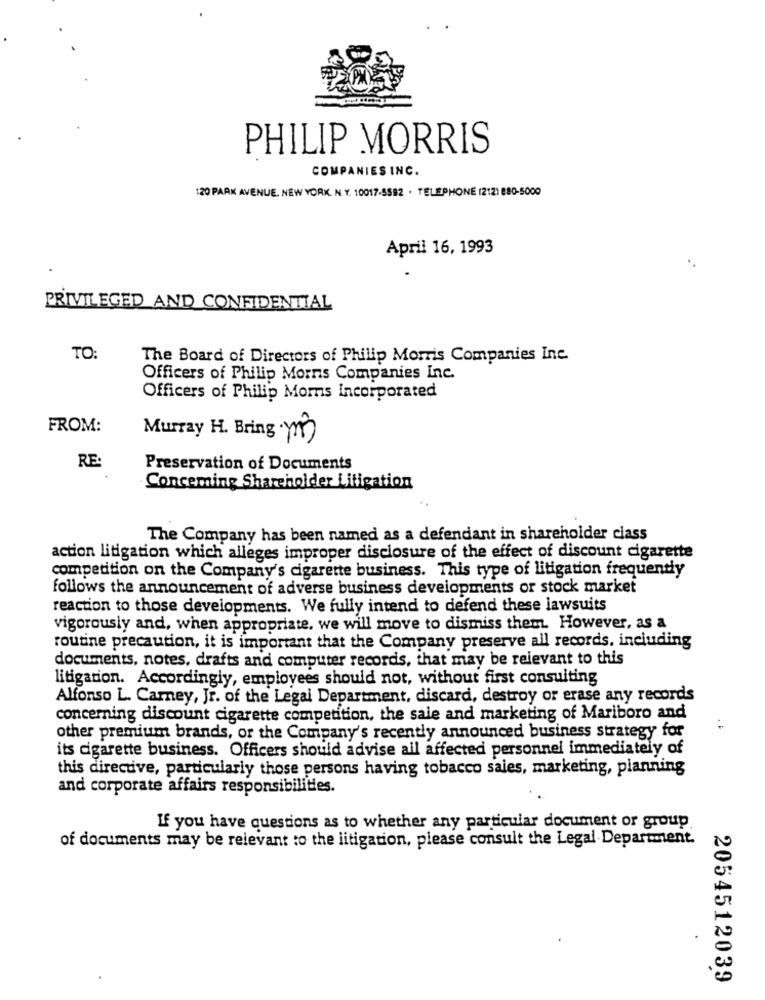
PHILIP MORRIS
COMPANIES INC.
120 PARK AVENUE. NEW YORK. N. Y. 10017-5592 . TELEPHONE (212) 880-5000
April 16, 1993
PRIVILEGED AND CONFIDENTIAL
TO:
The Board of Directors of Philip Morris Companies Inc.
Officers of Philip Morns Companies Inc.
Officers of Philip Moms Incorporated
FROM:
Murray H. Bring m)
RE:
Preservation of Documents
Conceming Shareholder Litigation
The Company has been named as a defendant in shareholder class
action litigation which alleges improper disclosure of the effect of discount cigarette
competition on the Company's cigarette business. This type of litigation frequently
follows the announcement of adverse business developments or stock market
reaction to those developments. We fully intend to defend these lawsuits
vigorously and, when appropriate. we will move to dismiss them. However, as a
routine precaution, it is important that the Company preserve all records, including
documents, notes, drafts and computer records, that may be relevant to this
litigation. Accordingly, employees should not, without first consulting
Alfonso L. Carney, Jr. of the Legal Department, discard, destroy or erase any records
concerning discount cigarette competition, the sale and marketing of Mariboro and
other premium brands, or the Company's recently announced business strategy for
its cigarette business. Officers should advise all affected personnel immediately of
this directive, particularly those persons having tobacco sales, marketing, planning
and corporate affairs responsibilities.
If you have questions as to whether any particular document or group
of documents may be relevant to the litigation, please consult the Legal Department.
2054512039